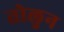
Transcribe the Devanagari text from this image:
तोलुन